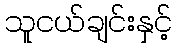
သူငယ်ချင်းနှင့်